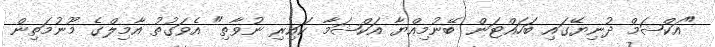
"އަކްޝަމް ދުނިޔޭގައި ބަހައްޓަން ބޭނުމިއްޔާ އަކްޝަމާ ކައިރި ނުވާތި" އެވަގުތު އާމިލްގެ މޫނުމަތިން